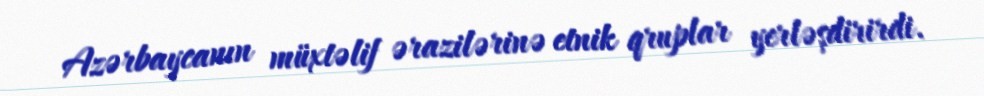
Azərbaycanın müxtəlif ərazilərinə etnik qruplar yerləşdirirdi.